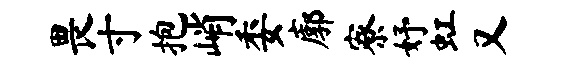
畏寸抱峭委廓寮妤虹又